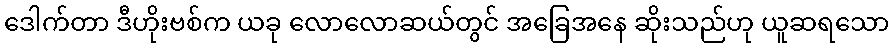
ဒေါက်တာ ဒီဟိုးဗစ်က ယခု လောလောဆယ်တွင် အခြေအနေ ဆိုးသည်ဟု ယူဆရသော